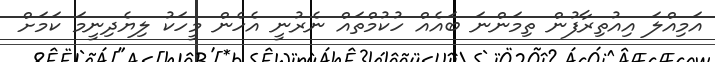
އަމިއްލަ އިއުތިރާފުން ތިމަންނަ ބައެއް ހުކުމްތައް ނެރުނީ އެހެން މީހަކު ލިޔެދިނީމަ ކަމަށް